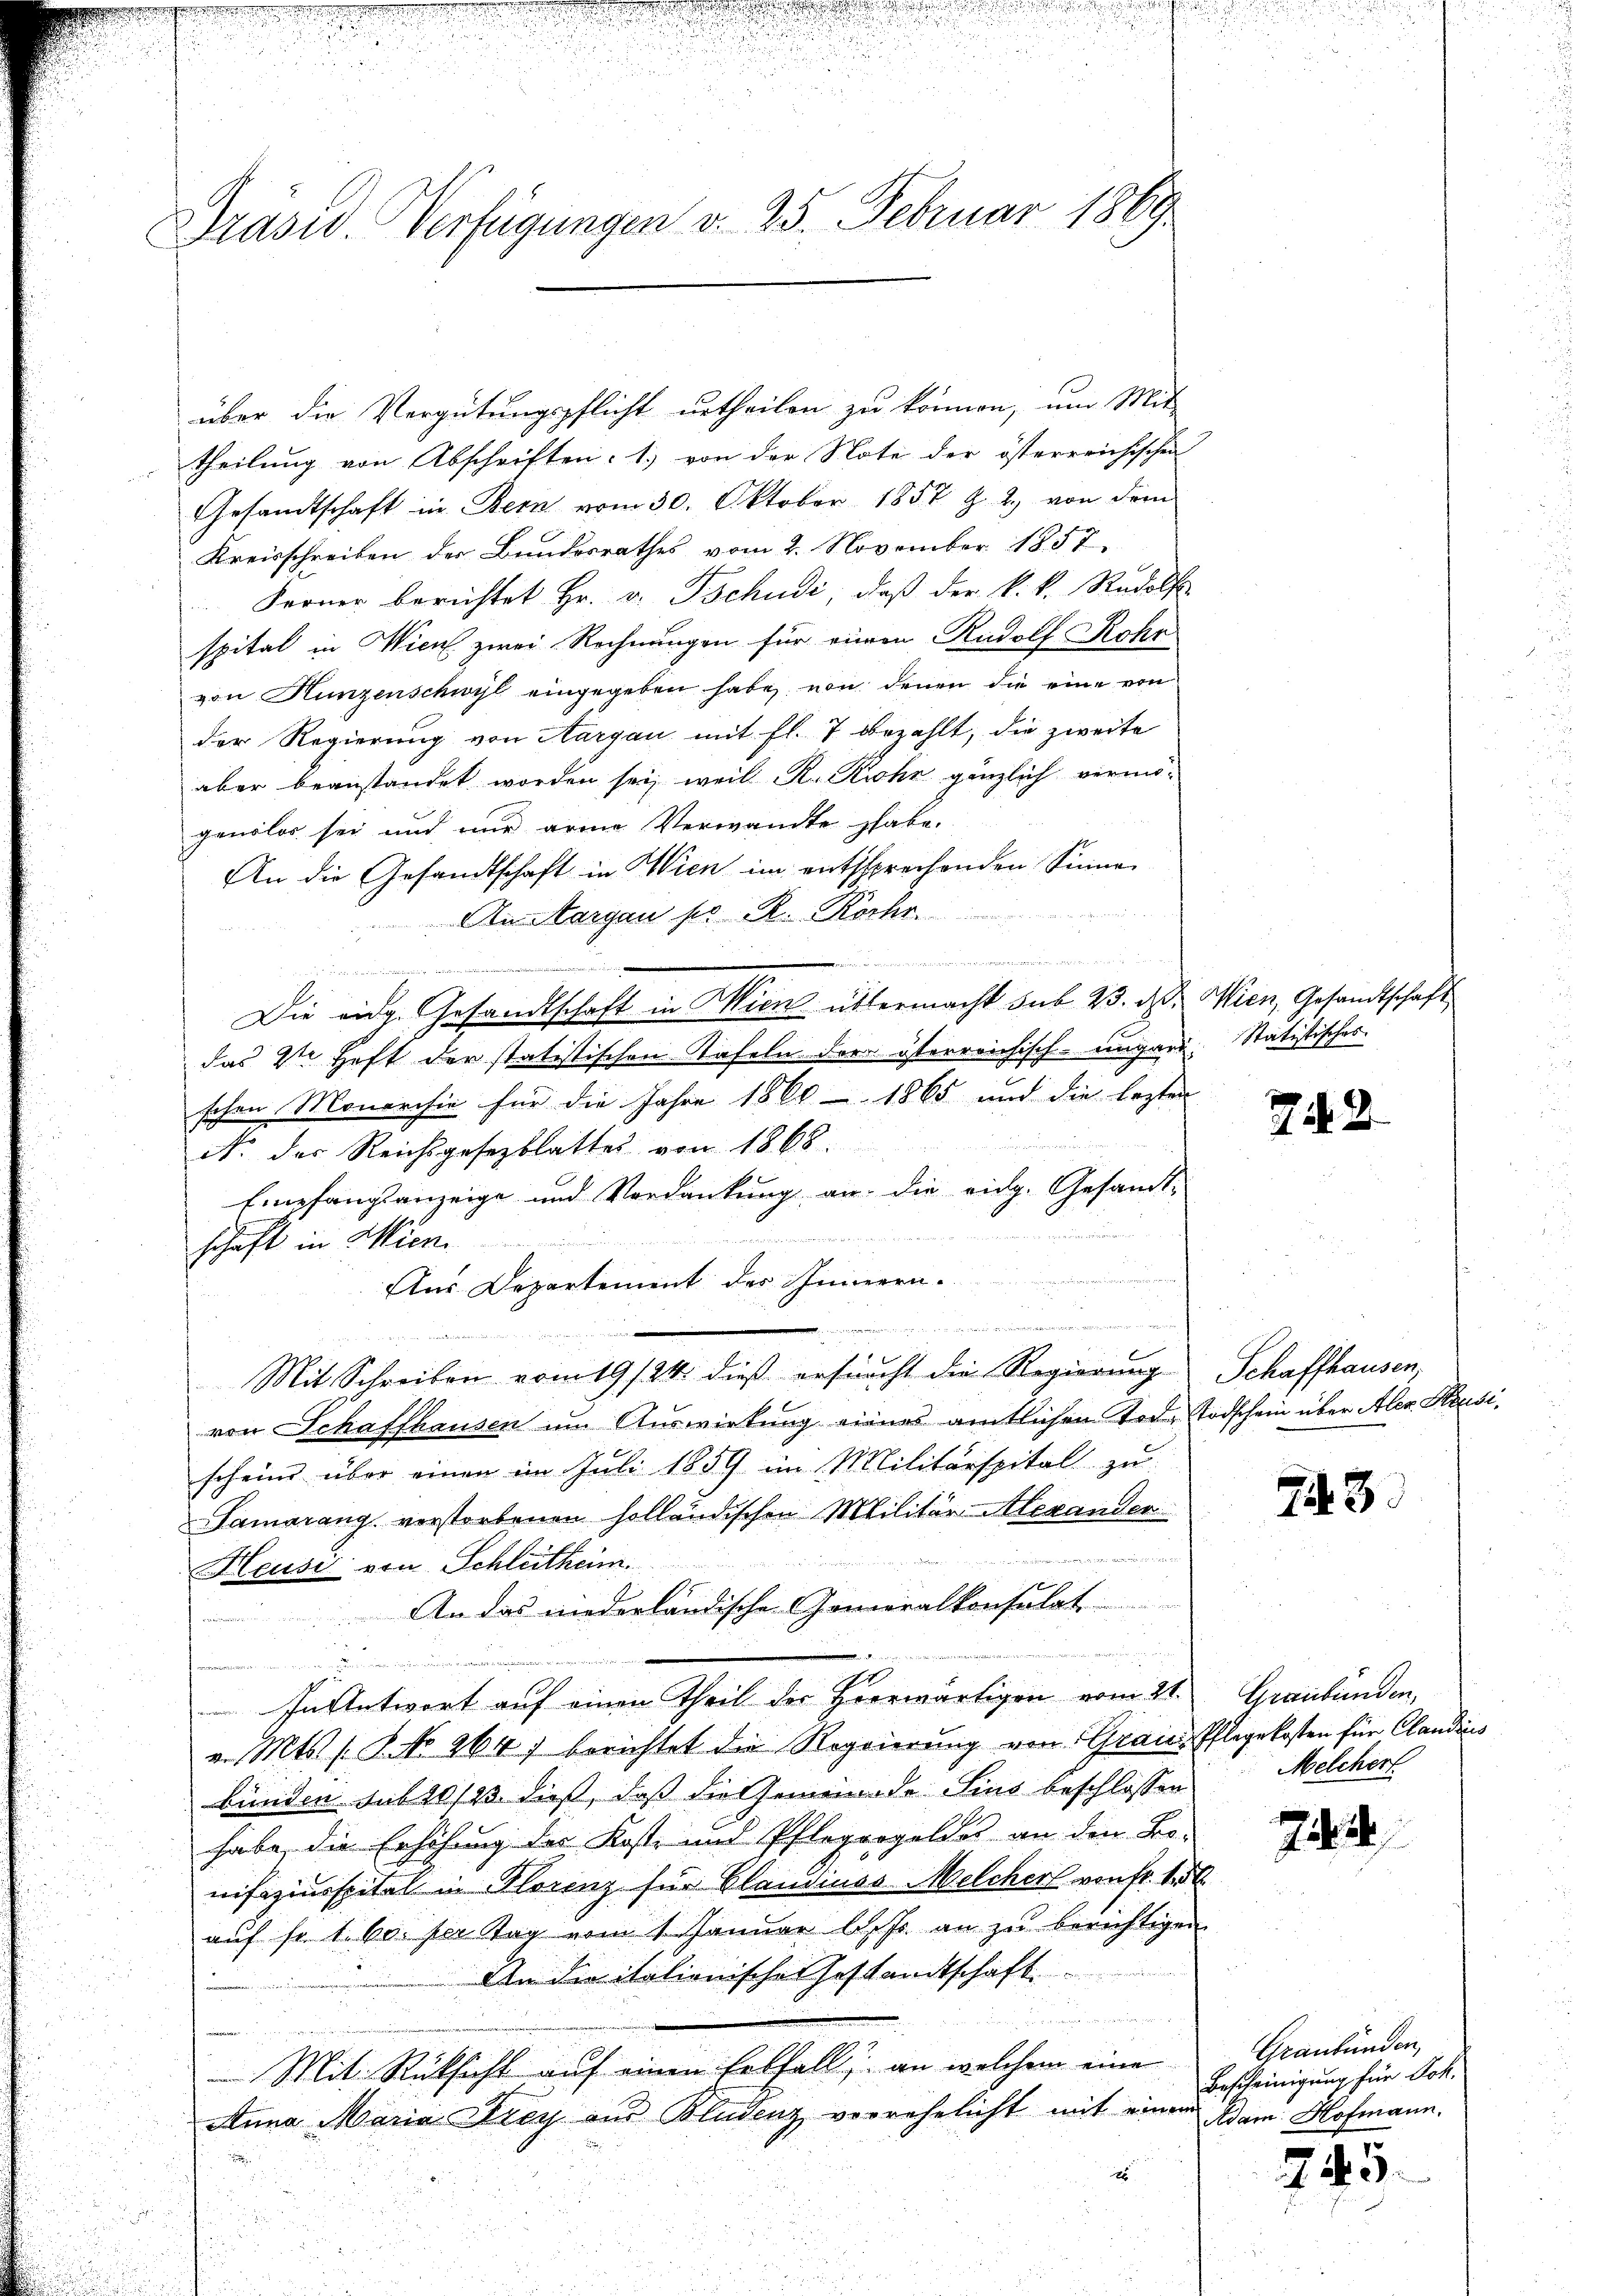
u
 war ich
ningen
n
s

i
Drasw. Verfügungen d. 25. Februar 1869

u

theilung von Abschriften: 1) von der Note der österreichischen
Gesandtschaft in Bern vom 30. Oktober 1857 Z. 2. von dem
Kreisschreiben der Bundesrathes vom 2. November 1857
Ferner berichtet Hr. v. Tschudi, daß der k. k. Rudolf
spital in Wien zwei Rechnungen für einen Rudolf Rohr
von Hunzenschwyl eingegeben habe, von denen die eine von
der Regierung von Aargau mit fl. 7 bezahlt, die zweite
aber beanstandet worden sei, weil R. Kirche gänzlich vermögendlos sei und nur arme Verwandte habe.
An die Gesandtschaft in Wien im entsprechenden Sinne
An Margau pr R. Kochr.
.
 ee der den
Die eidg. Gesandtschaft in Wien übermacht sub. 23. ds. Wien, Gesandtschaft
das 2te Heft der statistischen Tafeln der österreichisch-ungar. Statistisches
schen Monarchiv für die Jahre 1860 - 1865 und die lezten
N. der Reichsgesezblattes von 1868
Empfangsanzeige und Verdankung an die eidg. Gesandtschaft in Wien.
Aus Departement des Innern.

.. ..  .
Mit Schreiben vom 19/24. dieß ersucht die Regierung Schaffhausen,
von Schaffhausen um Auswirkung eines amtlichen Tode Todschein über Aler Hausischeine über einen im Juli 1859 im Militärspital zu
Samarang verstorbenen holländischen Militär Alexander
Hausi von Schlüthem.
An das niederländischen Gomeralkonsulat
cremen
 i e der
In Antwort auf einen Theil der Heerwärtigen vom 21.
v. Mts. S. No. 264) berichtet die Regierung von Graues Pflegekosten für Candins
bünden sub 20/23 dieß, daß die Gemeinde Sins beschlossen
habe, die Erhöhung der Koste und Pflegergeldes an den Bo-
nifaziusspital in Florenz für Plaudines Melcher von Fr. 15t
auf fr. 1. 60. Der Tag vom 1. Januar l. Js. an zu berichtigen
An die italionischer Gestandtschaft

i
Mit Rücksicht auf einen helfell an welchem eine
Anna Maria Drey aus Bludenz verrehelicht mit einem
x

u

über die Vergütungspflicht urtheilen zu können, um Mit

722

Tit. 3

Graubünden,
 Melchert.

242

Graubünden,
Bescheinigung für Joh.
Adam Hofmann.

245.